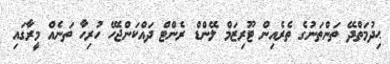
ޙިދުމަތްދޭ ތަންތަނުގެ ތެރެއިން ޓޫރިޒަމް ލޭންޑް ރެންޓް ދައްކަންޖެހޭ ހުރިހާ ތަނެއް މީރާގައި